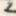
=